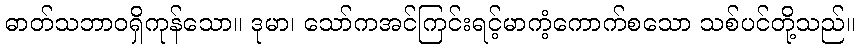
ဓာတ်သဘာဝရှိကုန်သော။ ဒုမာ၊ သော်ကအင်ကြင်းရင့်မာကံ့ကောက်စသော သစ်ပင်တို့သည်။